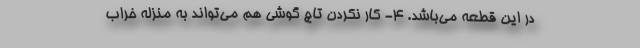
در این قطعه می‌باشد. 4- کار نکردن تاچ گوشی هم می‌تواند به منزله خراب